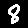
Digit: 8